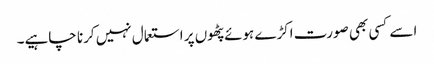
اسے کسی بھی صورت اکڑے ہوئے پٹھوں پر استعمال نہیں کرنا چاہیے۔